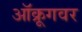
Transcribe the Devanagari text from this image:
ऑक्रूगवर